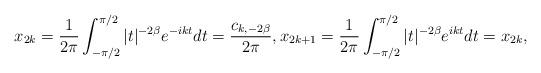
LaTeX: \begin{align*}x_{2k}=\frac{1}{2\pi}\int_{-\pi/2}^{\pi/2}|t|^{-2\beta}e^{-ik t} dt=\frac{c_{k,-2\beta}}{2\pi}, x_{2k+1}=\frac{1}{2\pi}\int_{-\pi/2}^{\pi/2}|t|^{-2\beta}e^{ik t}dt=x_{2k},\end{align*}